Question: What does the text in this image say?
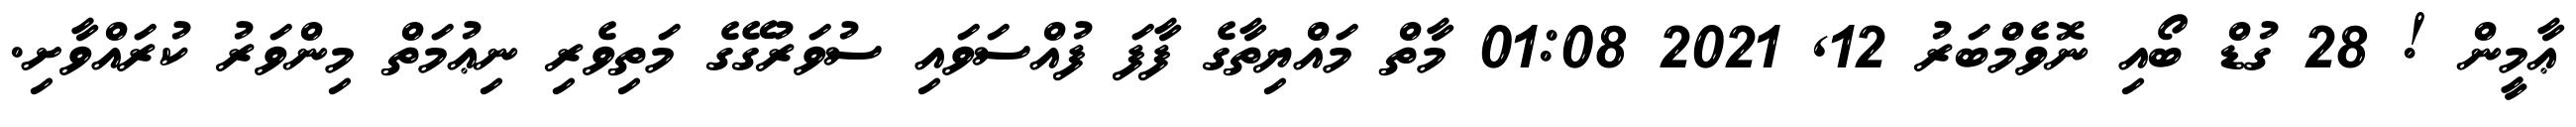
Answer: ޢާމީން ! 28 ގުޑް ބޯއި ނޮވެމްބަރު 12, 2021 01:08 މާތް މައްޔިތާގެ ފާފަ ފުއްސަވައި ސުވަރުގޭގެ މަތިވެރި ނިޢުމަތް މިންވަރު ކުރައްވާށި.